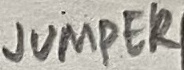
Text: JUMPER